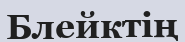
Блейктің